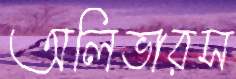
অলিভারস